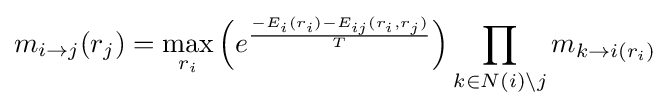
m_{i\to j}(r_{j})=\max _{r_{i}}{\Big (}e^{\frac {-E_{i}(r_{i})-E_{ij}(r_{i},r_{j})}{T}}{\Big )}\prod _{k\in N(i)\backslash j}m_{k\to i(r_{i})}